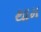
થામ